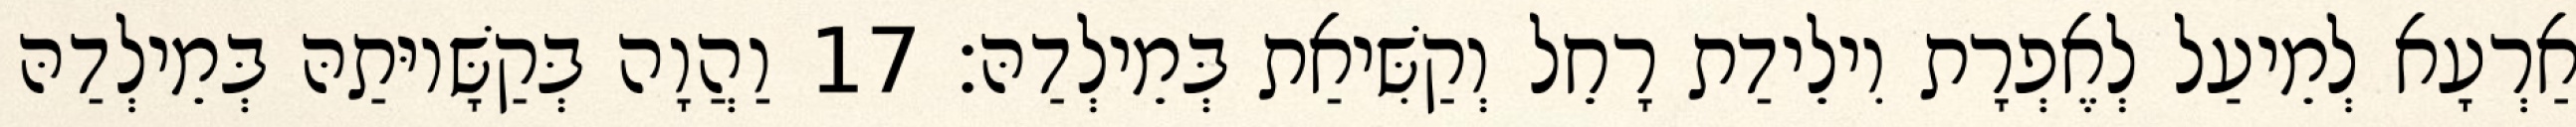
אַרְעָא לְמֵיעַל לְאֶפְרָת וִילֵידַת רָחֵל וְקַשִּׁיאַת בְּמֵילְדַהּ׃ 17 וַהֲוָה בְּקַשָּׁיוּתַהּ בְּמֵילְדַהּ